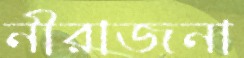
নীরাজনা